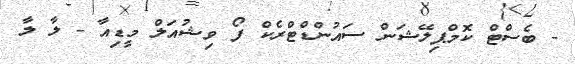
- ބެސްޓް ކޮމްޕިލޭޝަން ސައުންޑްޓްރެކް ފޯ ވިޝުއަލް މީޑިއާ - ލާ ލާ